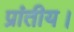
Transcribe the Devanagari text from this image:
प्रांतीय।